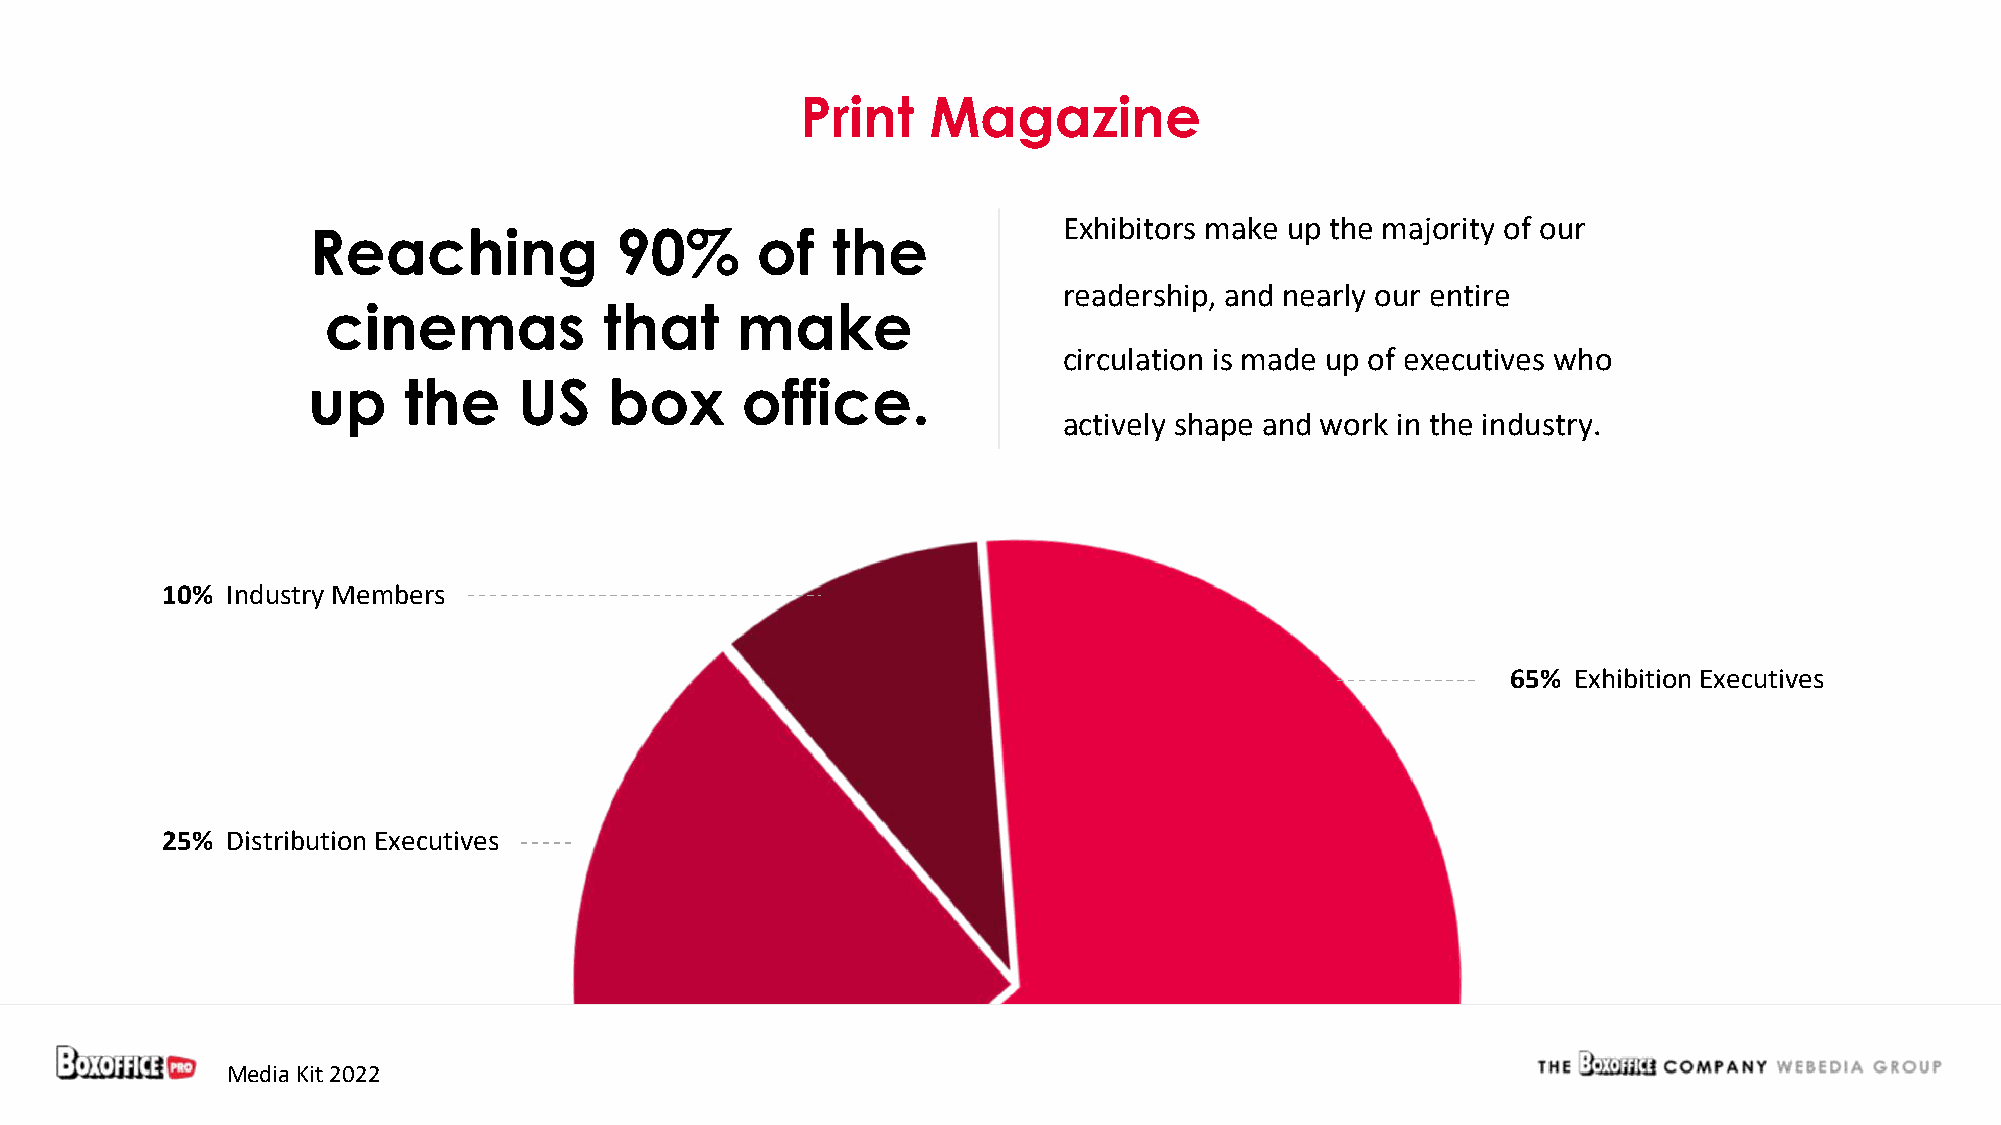
Print    Magazine
 Exhibitors make up the majority of our
 Reaching             90%      of   the
 readership, and nearly our entire
 cinemas            that     make
 circulation is made up of executives who
 up     the    US    box      office.
 actively shape and work in the industry.
 10% Industry Members
 65% Exhibition Executives
 25% Distribution Executives
 Media Kit 2022